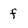
Character: f